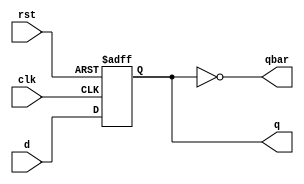
module dff(d,clk,rst,q,qbar);
    input d,clk,rst;
    output reg q;
    output wire qbar;
    assign qbar = ~q;
    // Async reset
    always @ (negedge clk or negedge rst) begin
        if (!rst) q<=0;
        else    q<=d;
    end
endmodule